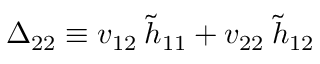
\Delta _ { 2 2 } \equiv v _ { 1 2 } \: \tilde { h } _ { 1 1 } + v _ { 2 2 } \: \tilde { h } _ { 1 2 }